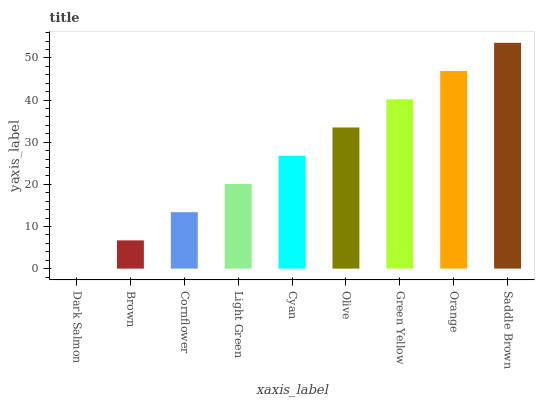
| xaxis_label | bars |
 | --- | --- |
 | Dark Salmon | 0 |
 | Brown | 6.7 |
 | Cornflower | 13.4 |
 | Light Green | 20.1 |
 | Cyan | 26.8 |
 | Olive | 33.5 |
 | Green Yellow | 40.2 |
 | Orange | 46.9 |
 | Saddle Brown | 53.6 |